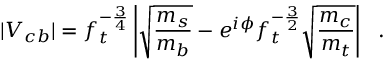
| V _ { c b } | = f _ { t } ^ { - \frac { 3 } { 4 } } \left| \sqrt { \frac { m _ { s } } { m _ { b } } } - e ^ { i \phi } f _ { t } ^ { - \frac { 3 } { 2 } } \sqrt { \frac { m _ { c } } { m _ { t } } } \right| ~ ~ .